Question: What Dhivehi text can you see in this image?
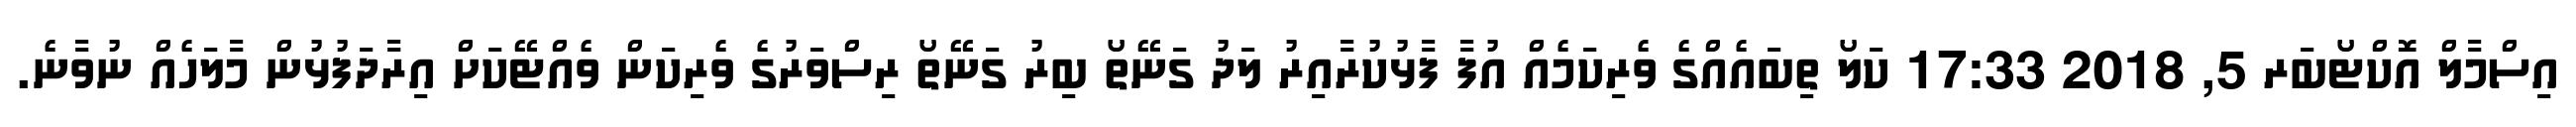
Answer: އިސްމާލް އޮކްޓޯބަރ 5, 2018 17:33 ކަލޯ ތިބައެއްގެ ވެރިކަމެއް އުފާ ފާޅުކުރާއިރު ލަދު ގަނޭތޯ ބިރު ގަނޭތޯ ރިސްވަރުގެ ވެރިކަން ވެއްޓޭކަށް އިރާދަފުޅުން މާލަހެއް ނުވާނެ.